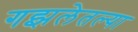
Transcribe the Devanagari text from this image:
गझलेतल्या